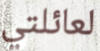
لعائلتي